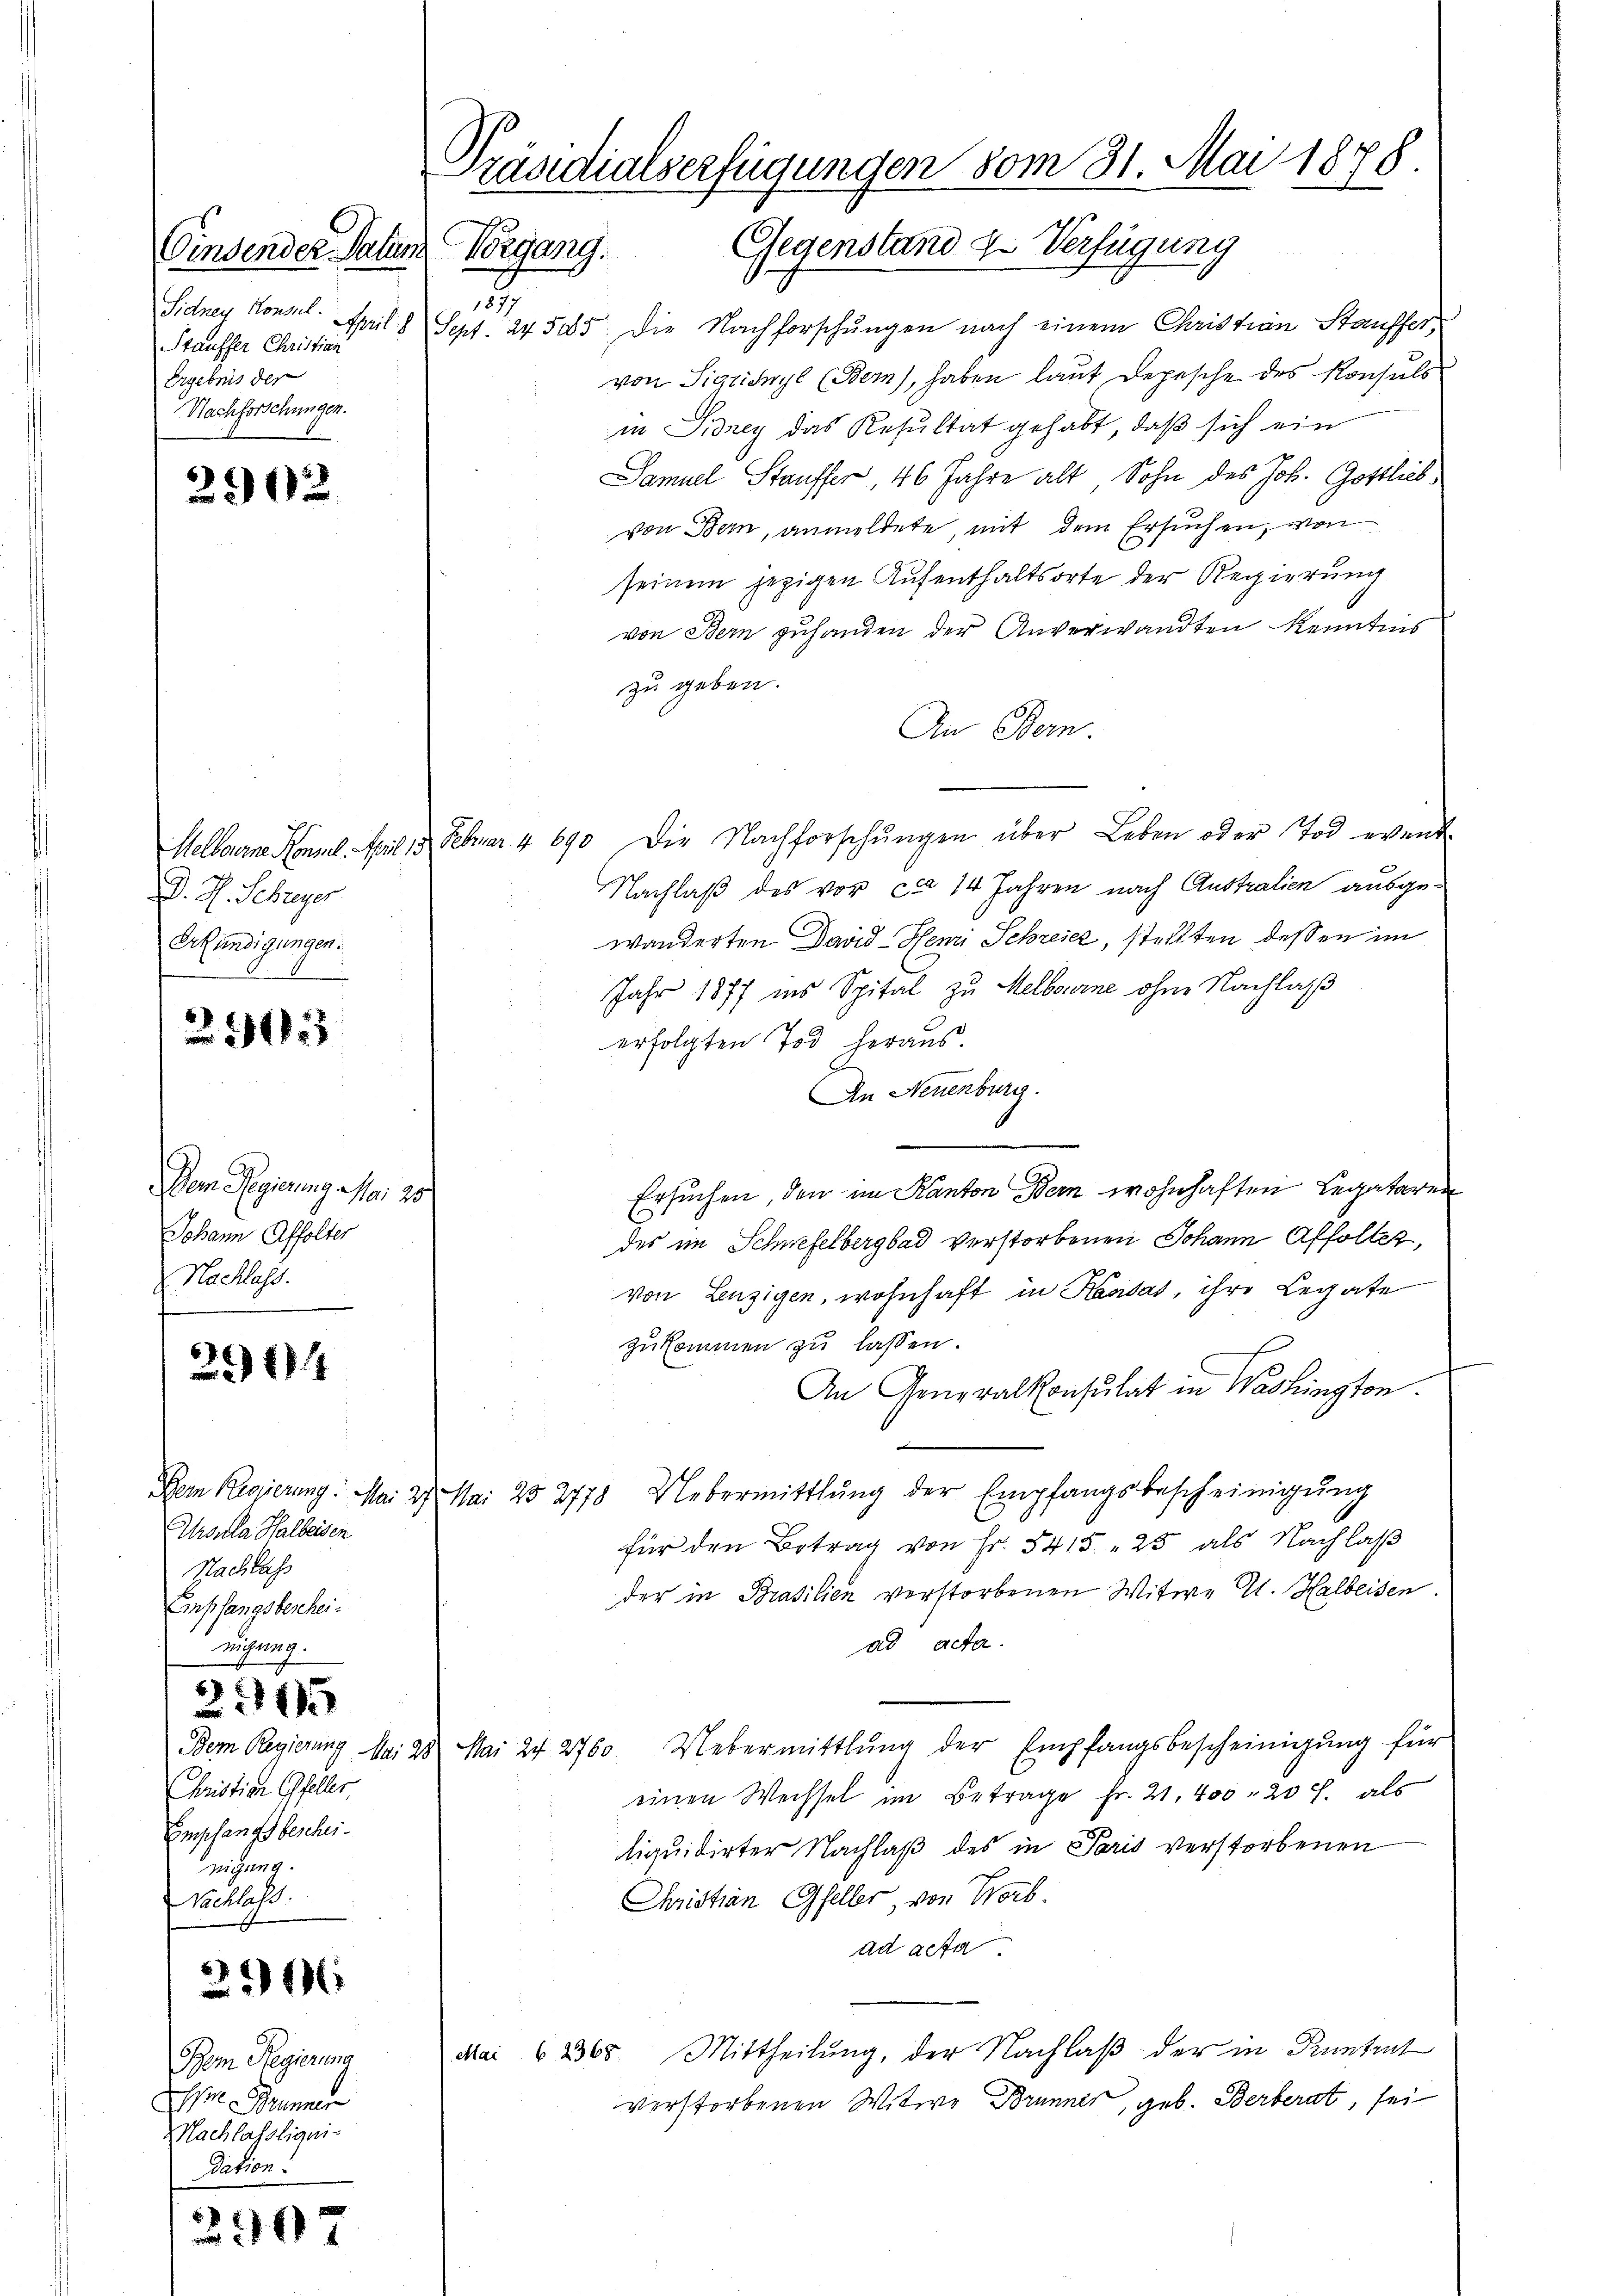
Vindender Patum
1
Sidney Konsul
Stauffer Christian
Ergebnis der
Nachforschungen.

2902

D. H. Schreyer
Erkundigungen.

2503

Dem Regierung Mai 25
Johann Affolter
Nachlass

2114

Ursula Halbeisen
Nachlass
Enpfangsbeschei¬
Zügung.

315

Dem Regierung Mai
Christian Gfeller.
Empfangsbescheinigung.
Nachlass

216

Bom Regierung
 Brunner
Machlassliqui-
Pition.

2907

Präsidialserfügungen vom 31. Mai 1878.
Gegenstand zu Verfügung
Vorgang.

April 8 Sept. 24505. Die Nachforschungen nach einem Christian Stauffer,
von Sigricyl (Bern), haben laut Depesche des Konsuls
in Sidrey das Resultat gehabt, daß sich ein
Samuel Stauffer, 46 Jahre alt, Sohn des Joh. Gottlieb,
von Bern, anmeldete, mit dem Ersuchen, von
seinem jezigen Aufenthaltsorte der Regierung
von Bern zuhanden der Anverwandten Kenntnis
zu geben.
An Bern.
Melbourne Konnel. April 15. Februar 4 690. Die Nachforschŭngen über Leben oder Tod evend
Nachlaß des vor ca 14 Jahren nach Australien ausge-
wanderten David Henri Schreier, stellten dessen im
Jahr 1877 ins Spital zu Melbourne ohne Nachlaß
erfolgten Tod heraus.
An Neuenburg.
Ersuchen, den im Kanton Bern wohnhaften Legataren
des im Schwefelbergbad verstorbenen Johann Affolter,
von Lenzigen, wohnhaft in Kantas, ihre Legate
zukommen zu lassen.
An Generalkonsulat in Washington.
.
Dem Regierung: Mai 27. Mai 25 2778. Uebermittlung der Empfangsbescheinigŭng
für den Betrag von Fr. 5415 " 25 als Nachlaß
der in Brasilien verstorbenen Witwe A. Halbeisen.
ad acta.
25 Mai 24 2760 Uebermittlung der Empfangsbescheinigŭng für
einen Wechsel im Betrage Fr. 21. 400, 20 J. als
liquidirter Nachlaß des in Paris verstorbenen
Christian Gfeller, von Worb.
ad acta
Mittheilung, der Nachlaß der in Kuntrut
Mai 2365.
verstorbenen Witwe Brunner, geb. Berberat, sei